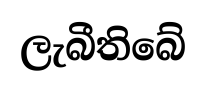
ලැබීතිබේ